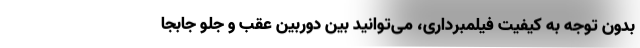
بدون توجه به کیفیت فیلمبرداری، می‌توانید بین دوربین عقب و جلو جابجا